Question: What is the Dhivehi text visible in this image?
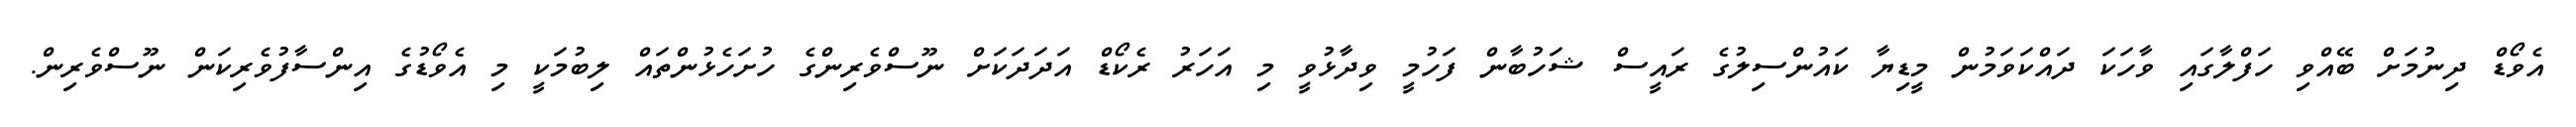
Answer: އެވޯޑް ދިނުމަށް ބޭއްވި ހަފްލާގައި ވާހަކަ ދައްކަވަމުން މީޑިޔާ ކައުންސިލުގެ ރައީސް ޝަހުބާން ފަހުމީ ވިދާޅުވީ މި އަހަރު ރެކޯޑް އަދަދަކަށް ނޫސްވެރިންގެ ހުށަހެޅުންތައް ލިބުމަކީ މި އެވޯޑުގެ އިންސާފުވެރިކަން ނޫސްވެރިން.